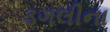
ડગલીના